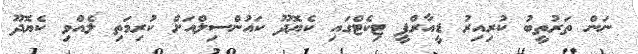
ނަން ތަރުތީބު ކުރިއިރު ޑީއާރްޕީ ޓިކެޓްގައި ކެޔޮދޫ ކައުންސިލްއަށް ކުރިމަތި ލެއްވި ކެޔޮދޫ